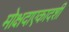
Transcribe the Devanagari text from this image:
मोक्षदाएकादशी